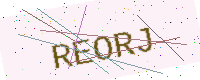
Text: REORJ